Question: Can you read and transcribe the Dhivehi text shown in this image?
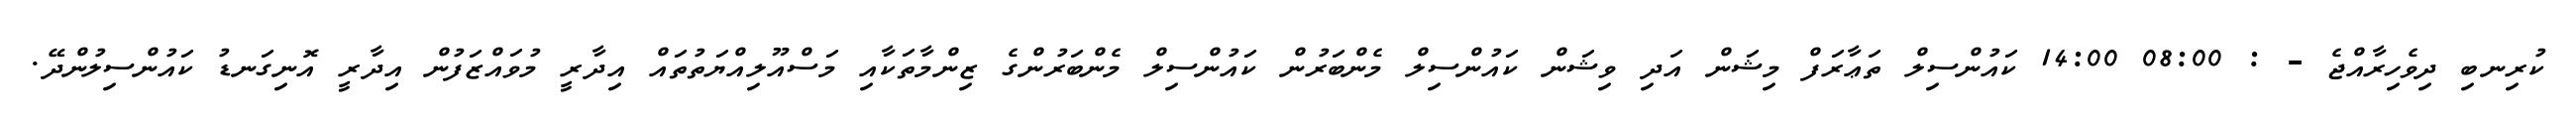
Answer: ކުރިނބި ދިވެހިރާއްޖެ - : 08:00 14:00 ކައުންސިލް ތަޢާރަފް މިޝަން އަދި ވިޝަން ކައުންސިލް މެންބަރުން ކައުންސިލް މެންބަރުންގެ ޒިންމާތަކާއި މަސްއޫލިއްޔަތުތައް އިދާރީ މުވައްޒަފުން އިދާރީ އޮނިގަނޑު ކައުންސިލުންދޭ.